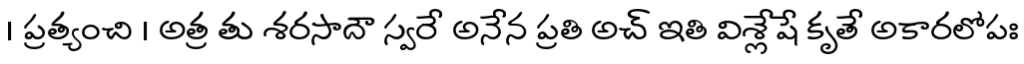
। ప్రత్యంచి । అత్ర తు శరసాదౌ స్వరే అనేన ప్రతి అచ్ ఇతి విశ్లేషే కృతే అకారలోపః